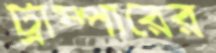
ট্রাম্পারের